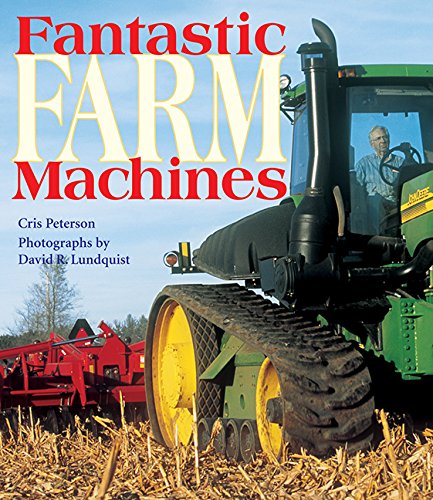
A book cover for Fantastic Farm Machines; Cris Peterson; Children's Books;